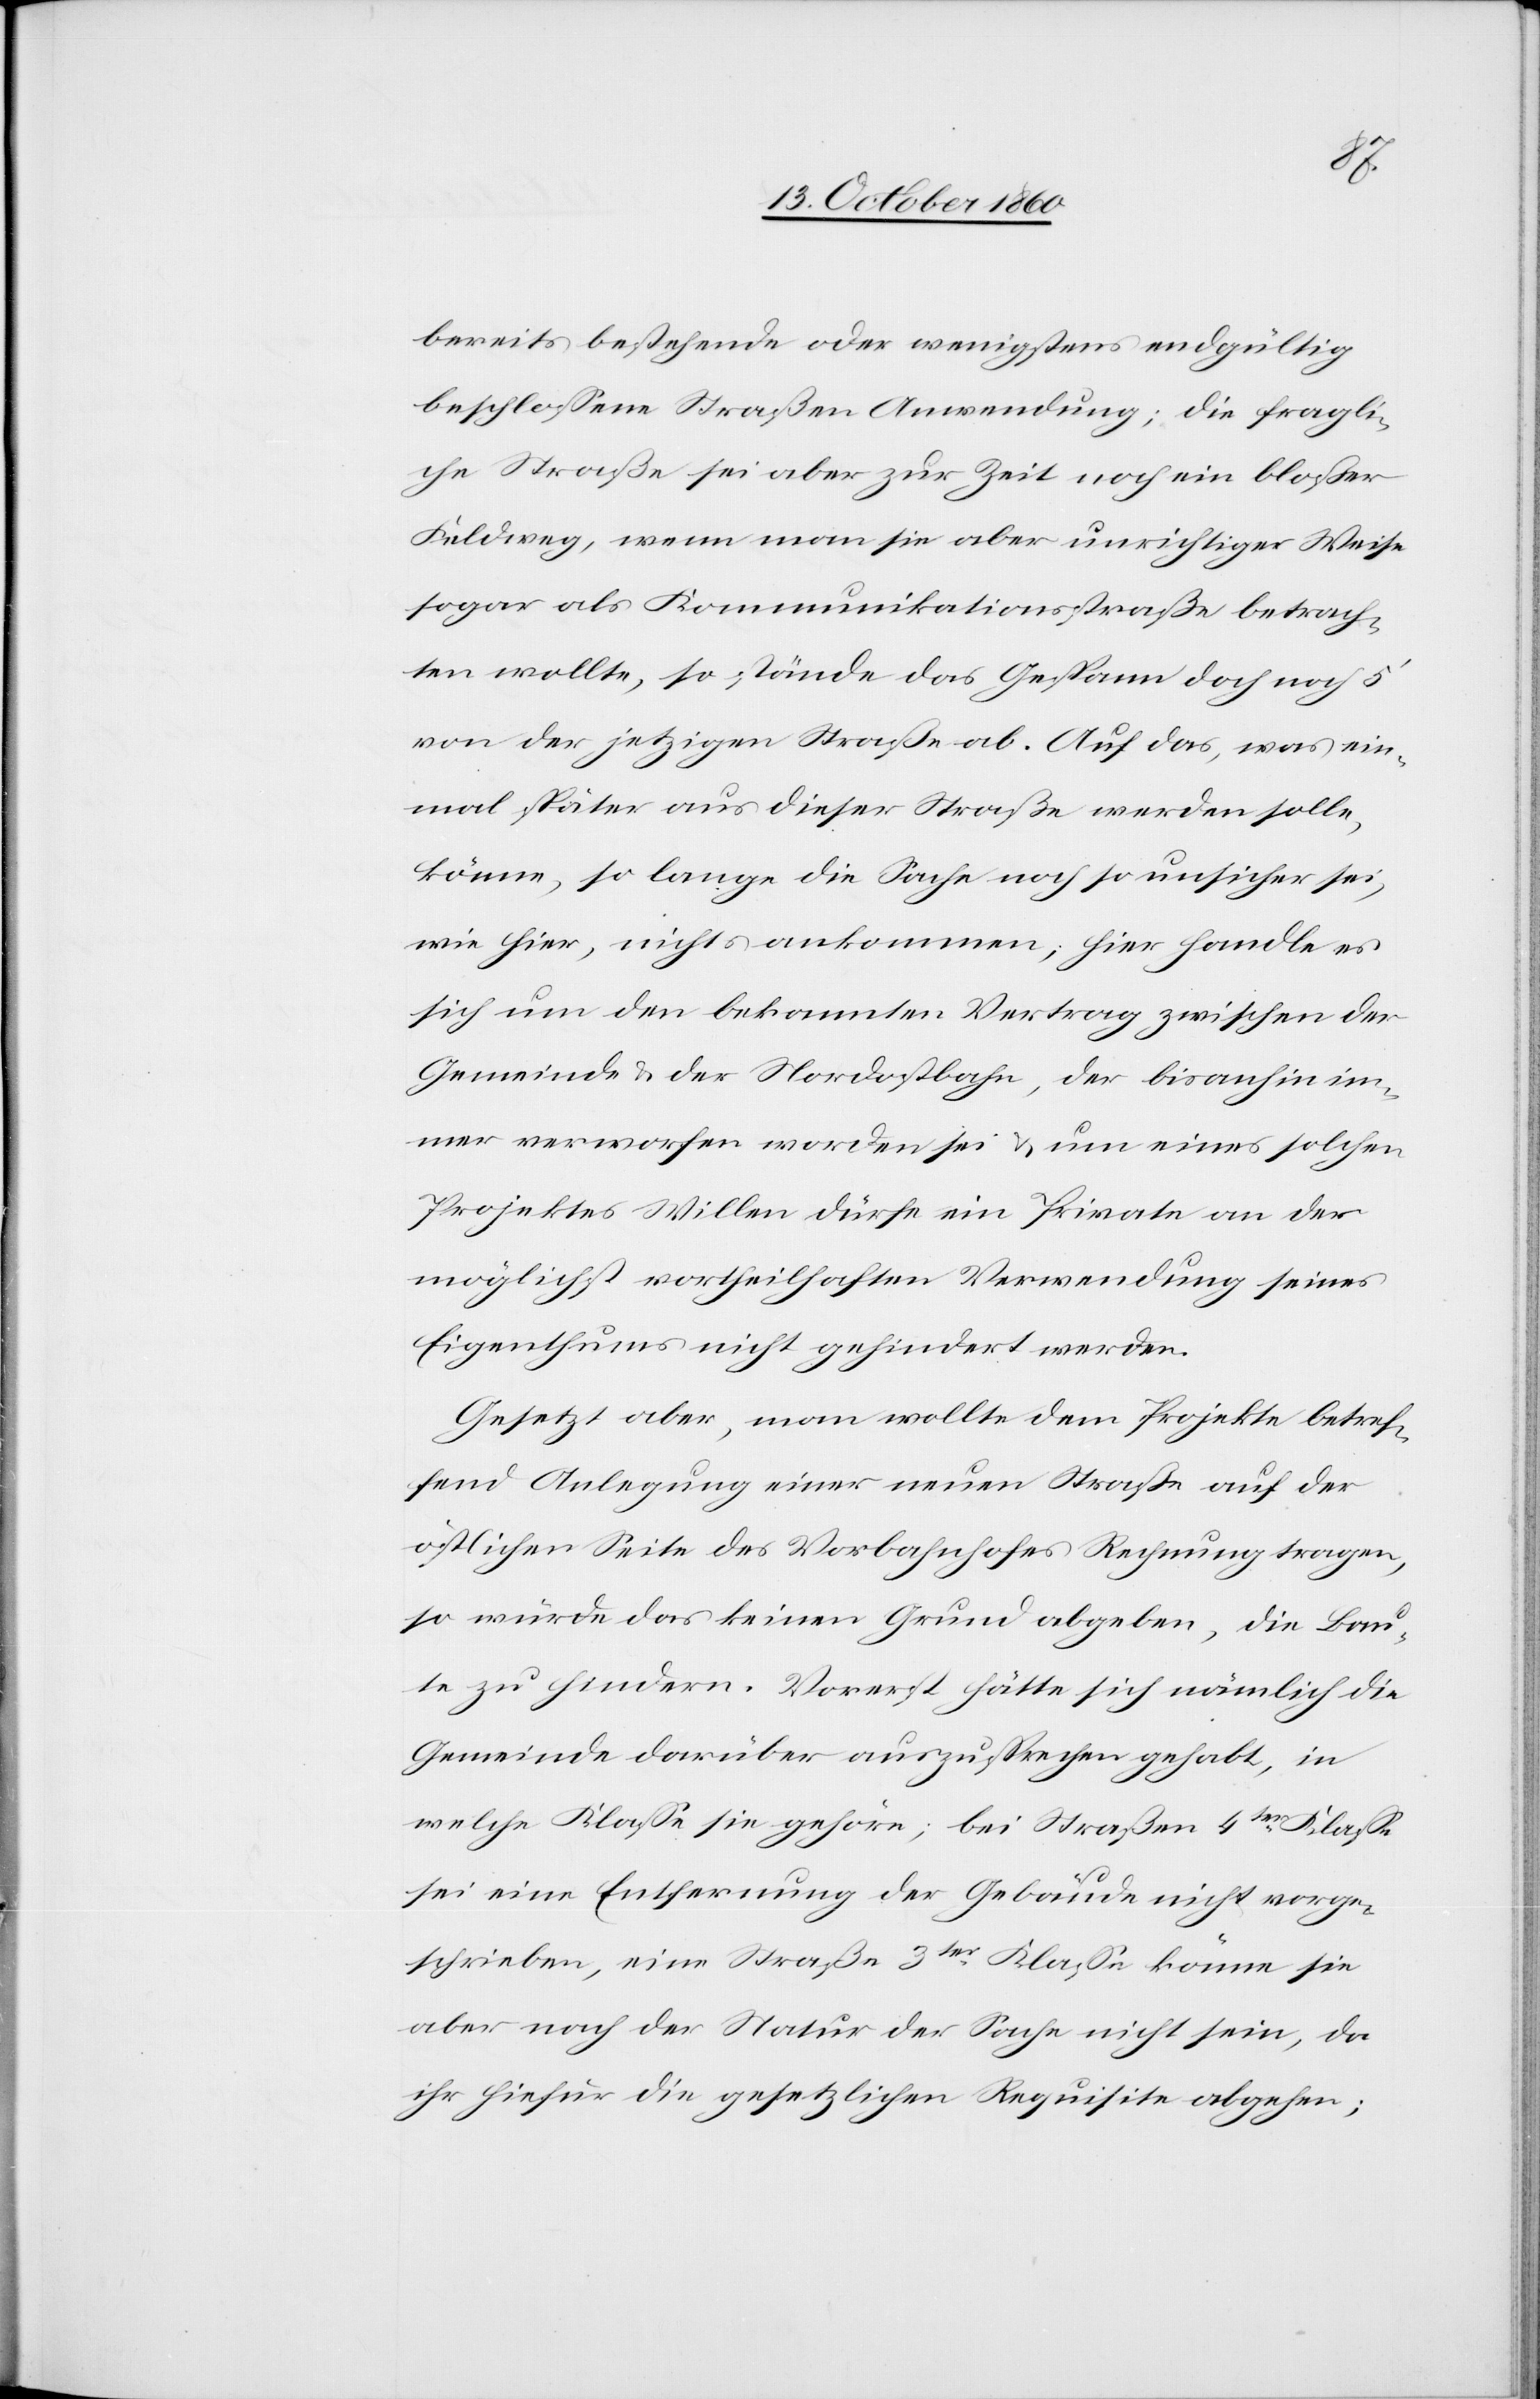
bereits bestehende oder wenigstens endgültig
beschlossene Straßen Anwendung; die fragli¬
che Straße sei aber zur Zeit noch ein bloßer
Feldweg, wenn man sie aber unrichtiger Weise
sogar als Kommunikationsstraße betrach¬
ten wollte, so stände das Gespann doch noch 5’
von der jetzigen Straße ab. Auf das, was ein¬
mal später aus dieser Straße werden solle,
könne, so lange die Sache noch so unsicher sei,
wie hier, nichts ankommen, hier handle es
sich um den bekannten Vertrag zwischen der
Gemeinde u. der Nordostbahn, der bisanhin im¬
mer verworfen worden sei u. um eines solchen
Projektes Willen dürfe ein Private an der
möglichst vortheilhaften Verwendung seines
Eigenthums nicht gehindert werden.
Gesetzt aber, man wollte dem Projekte betref¬
fend Anlegung einer neuen Straße auf der
östlichen Seite des Vorbahnhofes Rechnung tragen,
so würde das keinen Grund abgeben, die Bau¬
te zu hindern. Vorerst hätte sich nämlich die
Gemeinde darüber auszusprechen gehabt, in
welche Klasse sie gehöre; bei Straßen 4ter Klasse
sei eine Entfernung der Gebäude nicht vorge¬
schrieben, eine Straße 3ter Klasse könne sie
aber nach der Natur der Sache nicht sein, da
ihr hiefür die gesetzliche Requisite abgehen;